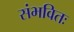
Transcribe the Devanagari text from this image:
संभवितः